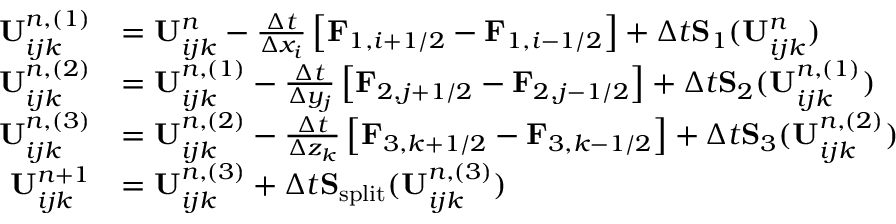
\begin{array} { r l } { \mathbf { U } _ { i j k } ^ { n , ( 1 ) } } & { = \mathbf { U } _ { i j k } ^ { n } - \frac { \Delta t } { \Delta x _ { i } } \left[ \mathbf { F } _ { 1 , i + 1 / 2 } - \mathbf { F } _ { 1 , i - 1 / 2 } \right] + \Delta t \mathbf { S } _ { 1 } ( \mathbf { U } _ { i j k } ^ { n } ) } \\ { \mathbf { U } _ { i j k } ^ { n , ( 2 ) } } & { = \mathbf { U } _ { i j k } ^ { n , ( 1 ) } - \frac { \Delta t } { \Delta y _ { j } } \left[ \mathbf { F } _ { 2 , j + 1 / 2 } - \mathbf { F } _ { 2 , j - 1 / 2 } \right] + \Delta t \mathbf { S } _ { 2 } ( \mathbf { U } _ { i j k } ^ { n , ( 1 ) } ) } \\ { \mathbf { U } _ { i j k } ^ { n , ( 3 ) } } & { = \mathbf { U } _ { i j k } ^ { n , ( 2 ) } - \frac { \Delta t } { \Delta z _ { k } } \left[ \mathbf { F } _ { 3 , k + 1 / 2 } - \mathbf { F } _ { 3 , k - 1 / 2 } \right] + \Delta t \mathbf { S } _ { 3 } ( \mathbf { U } _ { i j k } ^ { n , ( 2 ) } ) } \\ { \mathbf { U } _ { i j k } ^ { n + 1 } } & { = \mathbf { U } _ { i j k } ^ { n , ( 3 ) } + \Delta t \mathbf { S } _ { \mathrm { s p l i t } } ( \mathbf { U } _ { i j k } ^ { n , ( 3 ) } ) } \end{array}